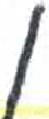
אות: נ